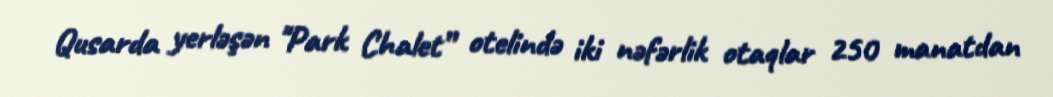
Qusarda yerləşən "Park Chalet” otelində iki nəfərlik otaqlar 250 manatdan